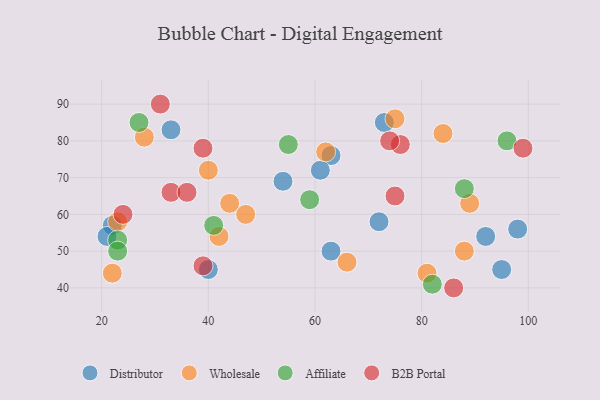
{"axis": {"x": "GDP", "y": "Life Expectancy"}, "legend": ["Affiliate", "B2B Portal", "Distributor", "Wholesale"], "data": [{"x": "72", "y": 58, "type": "Distributor"}, {"x": "98", "y": 56, "type": "Distributor"}, {"x": "92", "y": 54, "type": "Distributor"}, {"x": "33", "y": 83, "type": "Distributor"}, {"x": "63", "y": 76, "type": "Distributor"}, {"x": "63", "y": 50, "type": "Distributor"}, {"x": "22", "y": 57, "type": "Distributor"}, {"x": "95", "y": 45, "type": "Distributor"}, {"x": "21", "y": 54, "type": "Distributor"}, {"x": "73", "y": 85, "type": "Distributor"}, {"x": "40", "y": 45, "type": "Distributor"}, {"x": "54", "y": 69, "type": "Distributor"}, {"x": "61", "y": 72, "type": "Distributor"}, {"x": "75", "y": 86, "type": "Wholesale"}, {"x": "89", "y": 63, "type": "Wholesale"}, {"x": "62", "y": 77, "type": "Wholesale"}, {"x": "84", "y": 82, "type": "Wholesale"}, {"x": "28", "y": 81, "type": "Wholesale"}, {"x": "81", "y": 44, "type": "Wholesale"}, {"x": "23", "y": 58, "type": "Wholesale"}, {"x": "88", "y": 50, "type": "Wholesale"}, {"x": "66", "y": 47, "type": "Wholesale"}, {"x": "22", "y": 44, "type": "Wholesale"}, {"x": "47", "y": 60, "type": "Wholesale"}, {"x": "40", "y": 72, "type": "Wholesale"}, {"x": "42", "y": 54, "type": "Wholesale"}, {"x": "44", "y": 63, "type": "Wholesale"}, {"x": "96", "y": 80, "type": "Affiliate"}, {"x": "23", "y": 53, "type": "Affiliate"}, {"x": "88", "y": 67, "type": "Affiliate"}, {"x": "23", "y": 50, "type": "Affiliate"}, {"x": "41", "y": 57, "type": "Affiliate"}, {"x": "82", "y": 41, "type": "Affiliate"}, {"x": "55", "y": 79, "type": "Affiliate"}, {"x": "27", "y": 85, "type": "Affiliate"}, {"x": "59", "y": 64, "type": "Affiliate"}, {"x": "99", "y": 78, "type": "B2B Portal"}, {"x": "75", "y": 65, "type": "B2B Portal"}, {"x": "33", "y": 66, "type": "B2B Portal"}, {"x": "36", "y": 66, "type": "B2B Portal"}, {"x": "76", "y": 79, "type": "B2B Portal"}, {"x": "39", "y": 78, "type": "B2B Portal"}, {"x": "39", "y": 46, "type": "B2B Portal"}, {"x": "31", "y": 90, "type": "B2B Portal"}, {"x": "74", "y": 80, "type": "B2B Portal"}, {"x": "24", "y": 60, "type": "B2B Portal"}, {"x": "86", "y": 40, "type": "B2B Portal"}]}